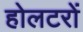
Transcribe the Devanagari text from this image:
होलटरों